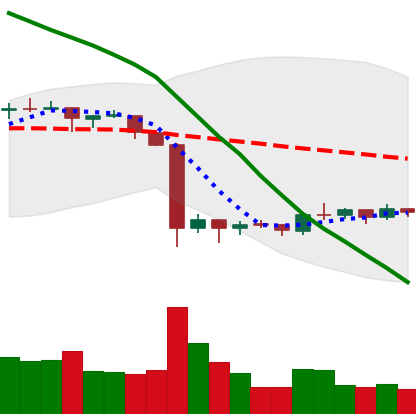
Ticker: EOS-USD
Chart end date: 2019-10-05
Forward return: 5.741%
Label: up_5_7